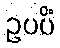
ဥပပိံ